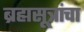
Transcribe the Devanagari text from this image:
ब्रह्मसूत्रांचा